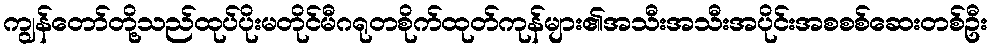
ကျွန်တော်တို့သည်ထုပ်ပိုးမတိုင်မီဂရုတစိုက်ထုတ်ကုန်များ၏အသီးအသီးအပိုင်းအစစစ်ဆေးတစ်ဦး